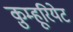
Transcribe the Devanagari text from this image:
क़ुम्हूरियेट